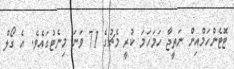
ޓޮޓެންހަމްއިން ނަތީޖާ ހަމަހަމަ ކުރީ މެޗުގެ 71 ވަނަ މިނެޓުގައެވެ. އެ ގޯލް